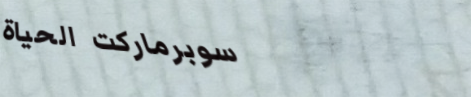
سوبرماركت الحياة